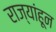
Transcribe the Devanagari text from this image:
राज्यांहून